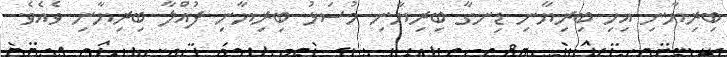
ބިރިޔާނި އިހި ބިރިޔާނި ޑިނގާ ބިރިޔާނި މުސަޅު ބިރިޔާނި ފުއްލާ ބިރިޔާނި ވެއެވެ.